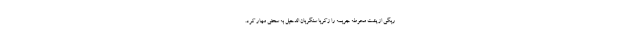
ریگی از پشت محوطه جریمه را زکریا سنگربان الدحیل به سختی مهار کرد.